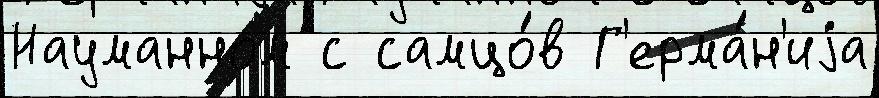
Науманном с самцо́в Г'ерма́н'иjа